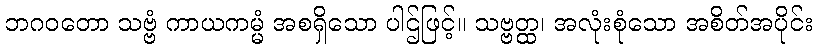
ဘဂဝတော သဗ္ဗံ ကာယကမ္မံ အစရှိသော ပါဌ်ဖြင့်။ သဗ္ဗတ္ထ၊ အလုံးစုံသော အစိတ်အပိုင်း